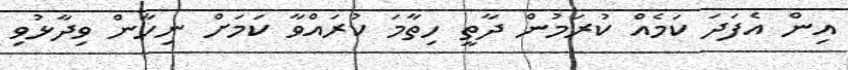
އިން އެފަދަ ކަމެއް ކުރަމުން ދާތީ ހިތާމަ ކުރައްވާ ކަމަށް ނިހާން ވިދާޅުވި